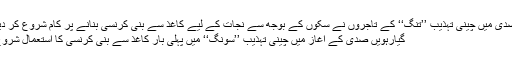
ساتویں صدی میں چینی تہذیب ’’تنگ‘‘ کے تاجروں نے سکوں کے بوجھ سے نجات کے لیے کاغذ سے بنی کرنسی بنانے پر کام شروع کر دیا تھا اور
گیارہویں صدی کے آغاز میں چینی تہذیب ’’سونگ‘‘ میں پہلی بار کاغذ سے بنی کرنسی کا استعمال شروع کیا گیا۔